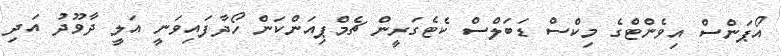
އޯޕަންސް އިވެންޓްގެ މިކްސް ޑަބަލްސް ކެޓެގަރީން ޗެމްޕިއަންކަން ހޯދާފައިވަނީ އަލީ ދާވޫދު އަދި